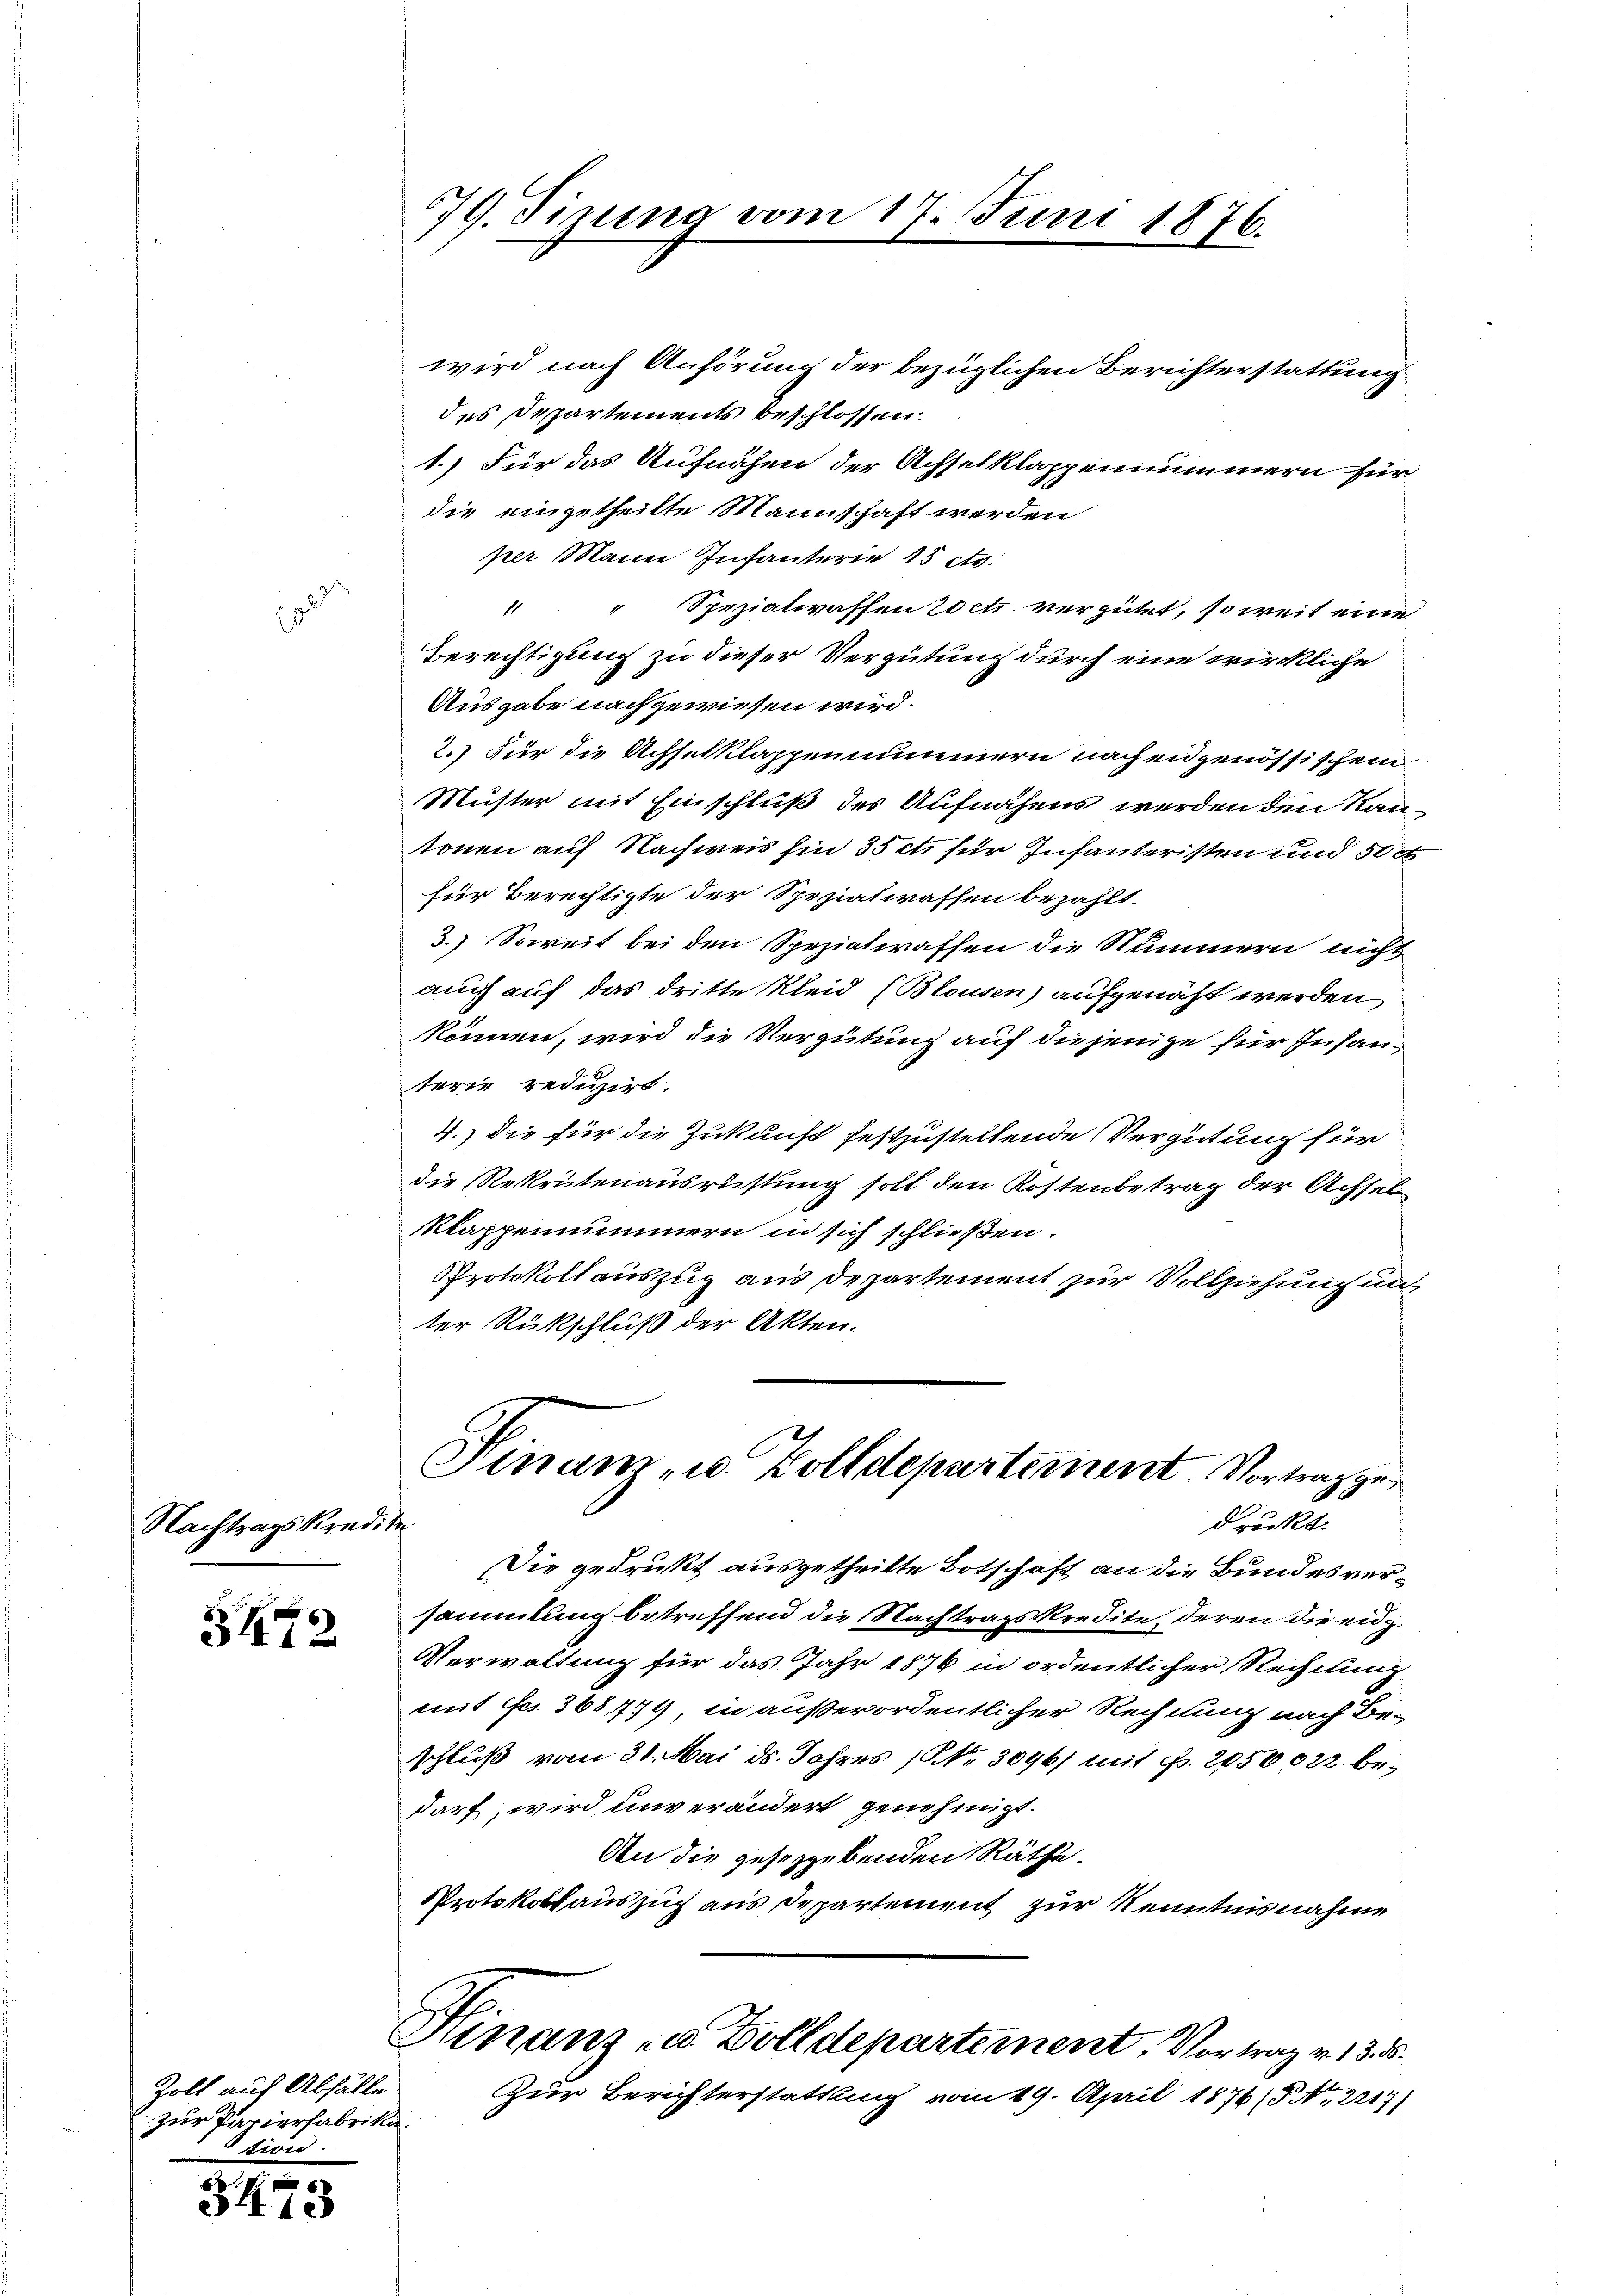
.
g

Nachtragskredite

342

Zoll auf Abfälle
zur Parierfabrika.
tion.

3473

59. Sizung vom 17. Juni 1876.

wird nach Anhörung der bezüglichen Berichterstattung
des Departements beschlossen.
1.) Für das Aufnahen der Achselklappennummern für
die eingetheilte Mannschaft werden
per Mann Infanterie 15 cts.
" " Spezialwassen octr. vergütet, soweit eine
Berechtigung zu dieser Vergütung durch eine wirckliche
Ausgabe nachgewiesen wird.
2.) Für die Achselklappennummern nach eidgenössischem
Muster mit Einschluß des Aufnahms werden den Kantonen auf Nachweis hin 35 et für Infanteristen und 50 x
für Berechtigte der Spezialwassen bezahlt.
3.) Soweit bei den Speziaterassen die Nummern nicht
auch auf das dritte Kleid (Blousen) aufgenäht werden,
können, wird die Vergütung auf diejenige für Insanterie reduzirt.
4.) die für die Zukunft festzustellende Vergütung für
die Rekrutenausrüstung soll den Kostenbetrag der Achsel
Klappennummern in sich schließen.
Protokollauszug aus Departement zur Vollziehung unt
ter Rückschluß der Akten.

Finanz u. Zolldepartement Vortrag gedrückt.

Die gedrukt ausgetheilte Botschaft an die Bundesversammlung betreffend die Nachtragskredite, deren die ei¬
Verwaltung für das Jahr 1876 in ordentlicher Rechtung
mit es. 368,779, in außerordentlicher Rechnung nach Be-
schluß vom 31. Mai ds. Jahres (Nr. 3096/ mit Fr. 2050022. bedarf, wird unverändert genehmigt.
An die gesetzgebenden Räthe.
Protokollauszug aus Departement zur Kenntnisnahme
Hinanz- u. Zolldepartement, Vortrag v. 15. ds
Zur Berichterstattung vom 19. April 1876/5. 2217)